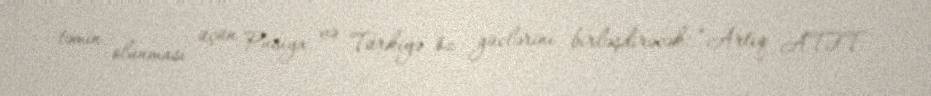
təmin olunması üçün Rusiya və Türkiyə öz güclərini birləşdirəcək: “Artıq ATƏT